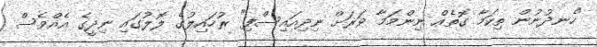
"ހެނދުނުން ތިކަމާ ގޮތެއް ނިންމަމާ ވަރަށް ނިދިއައިސްފި" ރުހައިލުގެ ލޮލުގައި ނިދީގެ އެއްވެސް